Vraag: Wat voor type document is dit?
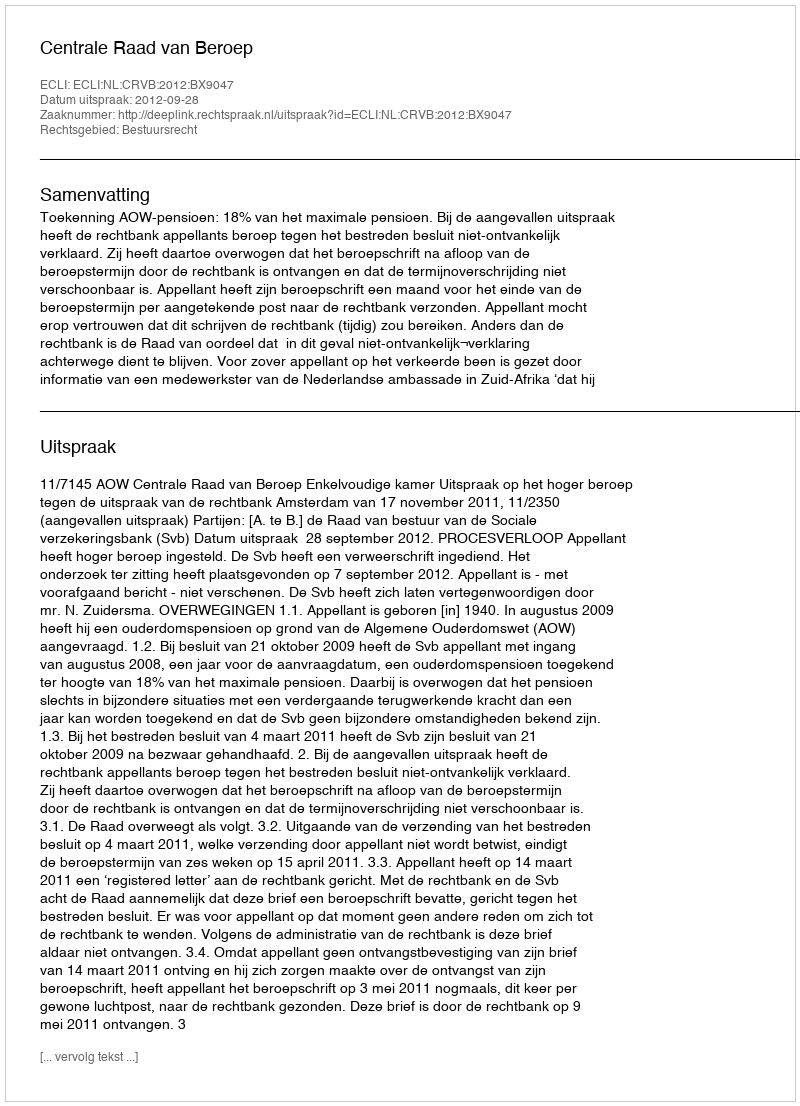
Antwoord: Uitspraak